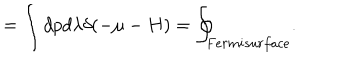
LaTeX: = \int d p d \lambda \delta ( - \mu - H ) = \oint _ { F e r m i s u r f a c e } .